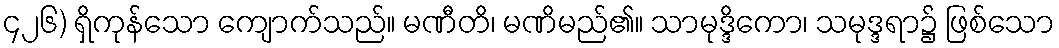
၄၂၆) ရှိကုန်သော ကျောက်သည်။ မဏီတိ၊ မဏိမည်၏။ သာမုဒ္ဒိကော၊ သမုဒ္ဒရာ၌ ဖြစ်သော